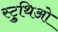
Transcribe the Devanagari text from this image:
स्ट्रुथिओ